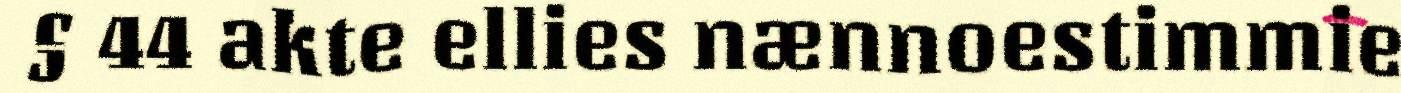
§ 44 akte ellies nænnoestimmie